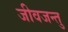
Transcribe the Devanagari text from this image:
जीवजन्तु